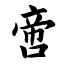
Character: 啻